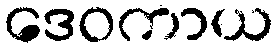
ဒေဝကာယ